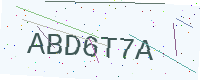
Text: ABD6T7A